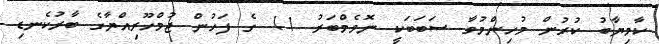
ކާމިޔާބު ކުރުން މުހިންމުވާ ސަބަބަކީ ނޮވެމްބަރު 11 ގެ ފަހުން ޖުމްހޫރިއްޔާގެ ބާރުކެނޑި